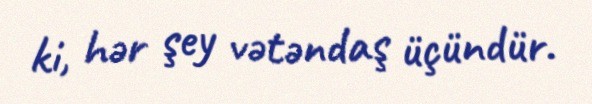
ki, hər şey vətəndaş üçündür.